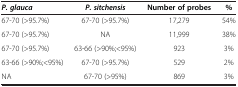
<table><thead><tr><td><b><i>P. glauca</i></b></td><td><b><i>P. sitchensis</i></b></td><td><b>Number of probes</b></td><td><b>%</b></td></tr></thead><tbody><tr><td>67-70 (&gt;95.7%)</td><td>67-70 (&gt;95.7%)</td><td>17,279</td><td>54%</td></tr><tr><td>67-70 (&gt;95.7%)</td><td>NA</td><td>11,999</td><td>38%</td></tr><tr><td>67-70 (&gt;95.7%)</td><td>63-66 (&gt;90%;&lt;95%)</td><td>923</td><td>3%</td></tr><tr><td>63-66 (&gt;90%;&lt;95%)</td><td>67-70 (&gt;95.7%)</td><td>529</td><td>2%</td></tr><tr><td>NA</td><td>67-70 (&gt;95%)</td><td>869</td><td>3%</td></tr></tbody></table>